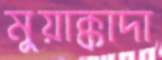
মুয়াক্কাদা